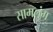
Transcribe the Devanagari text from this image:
सामलुंग